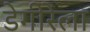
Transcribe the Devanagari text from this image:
डेगीरेला